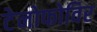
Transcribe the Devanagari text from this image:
टेनोफोविर